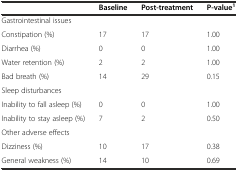
<table><thead><tr><td></td><td><b>Baseline</b></td><td><b>Post-treatment</b></td><td><b>P-value<sup>1</sup></b></td></tr></thead><tbody><tr><td>Gastrointestinal issues</td><td></td><td></td><td></td></tr><tr><td>Constipation (%)</td><td>17</td><td>17</td><td>1.00</td></tr><tr><td>Diarrhea (%)</td><td>0</td><td>0</td><td>1.00</td></tr><tr><td>Water retention (%)</td><td>2</td><td>2</td><td>1.00</td></tr><tr><td>Bad breath (%)</td><td>14</td><td>29</td><td>0.15</td></tr><tr><td>Sleep disturbances</td><td></td><td></td><td></td></tr><tr><td>Inability to fall asleep (%)</td><td>0</td><td>0</td><td>1.00</td></tr><tr><td>Inability to stay asleep (%)</td><td>7</td><td>2</td><td>0.50</td></tr><tr><td>Other adverse effects</td><td></td><td></td><td></td></tr><tr><td>Dizziness (%)</td><td>10</td><td>17</td><td>0.38</td></tr><tr><td>General weakness (%)</td><td>14</td><td>10</td><td>0.69</td></tr></tbody></table>